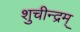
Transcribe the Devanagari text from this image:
शुचीन्द्रम्